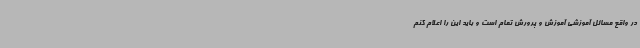
در واقع مسائل آموزشی آموزش و پرورش تمام است و باید این را اعلام کنم